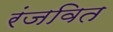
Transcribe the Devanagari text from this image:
रंजवित